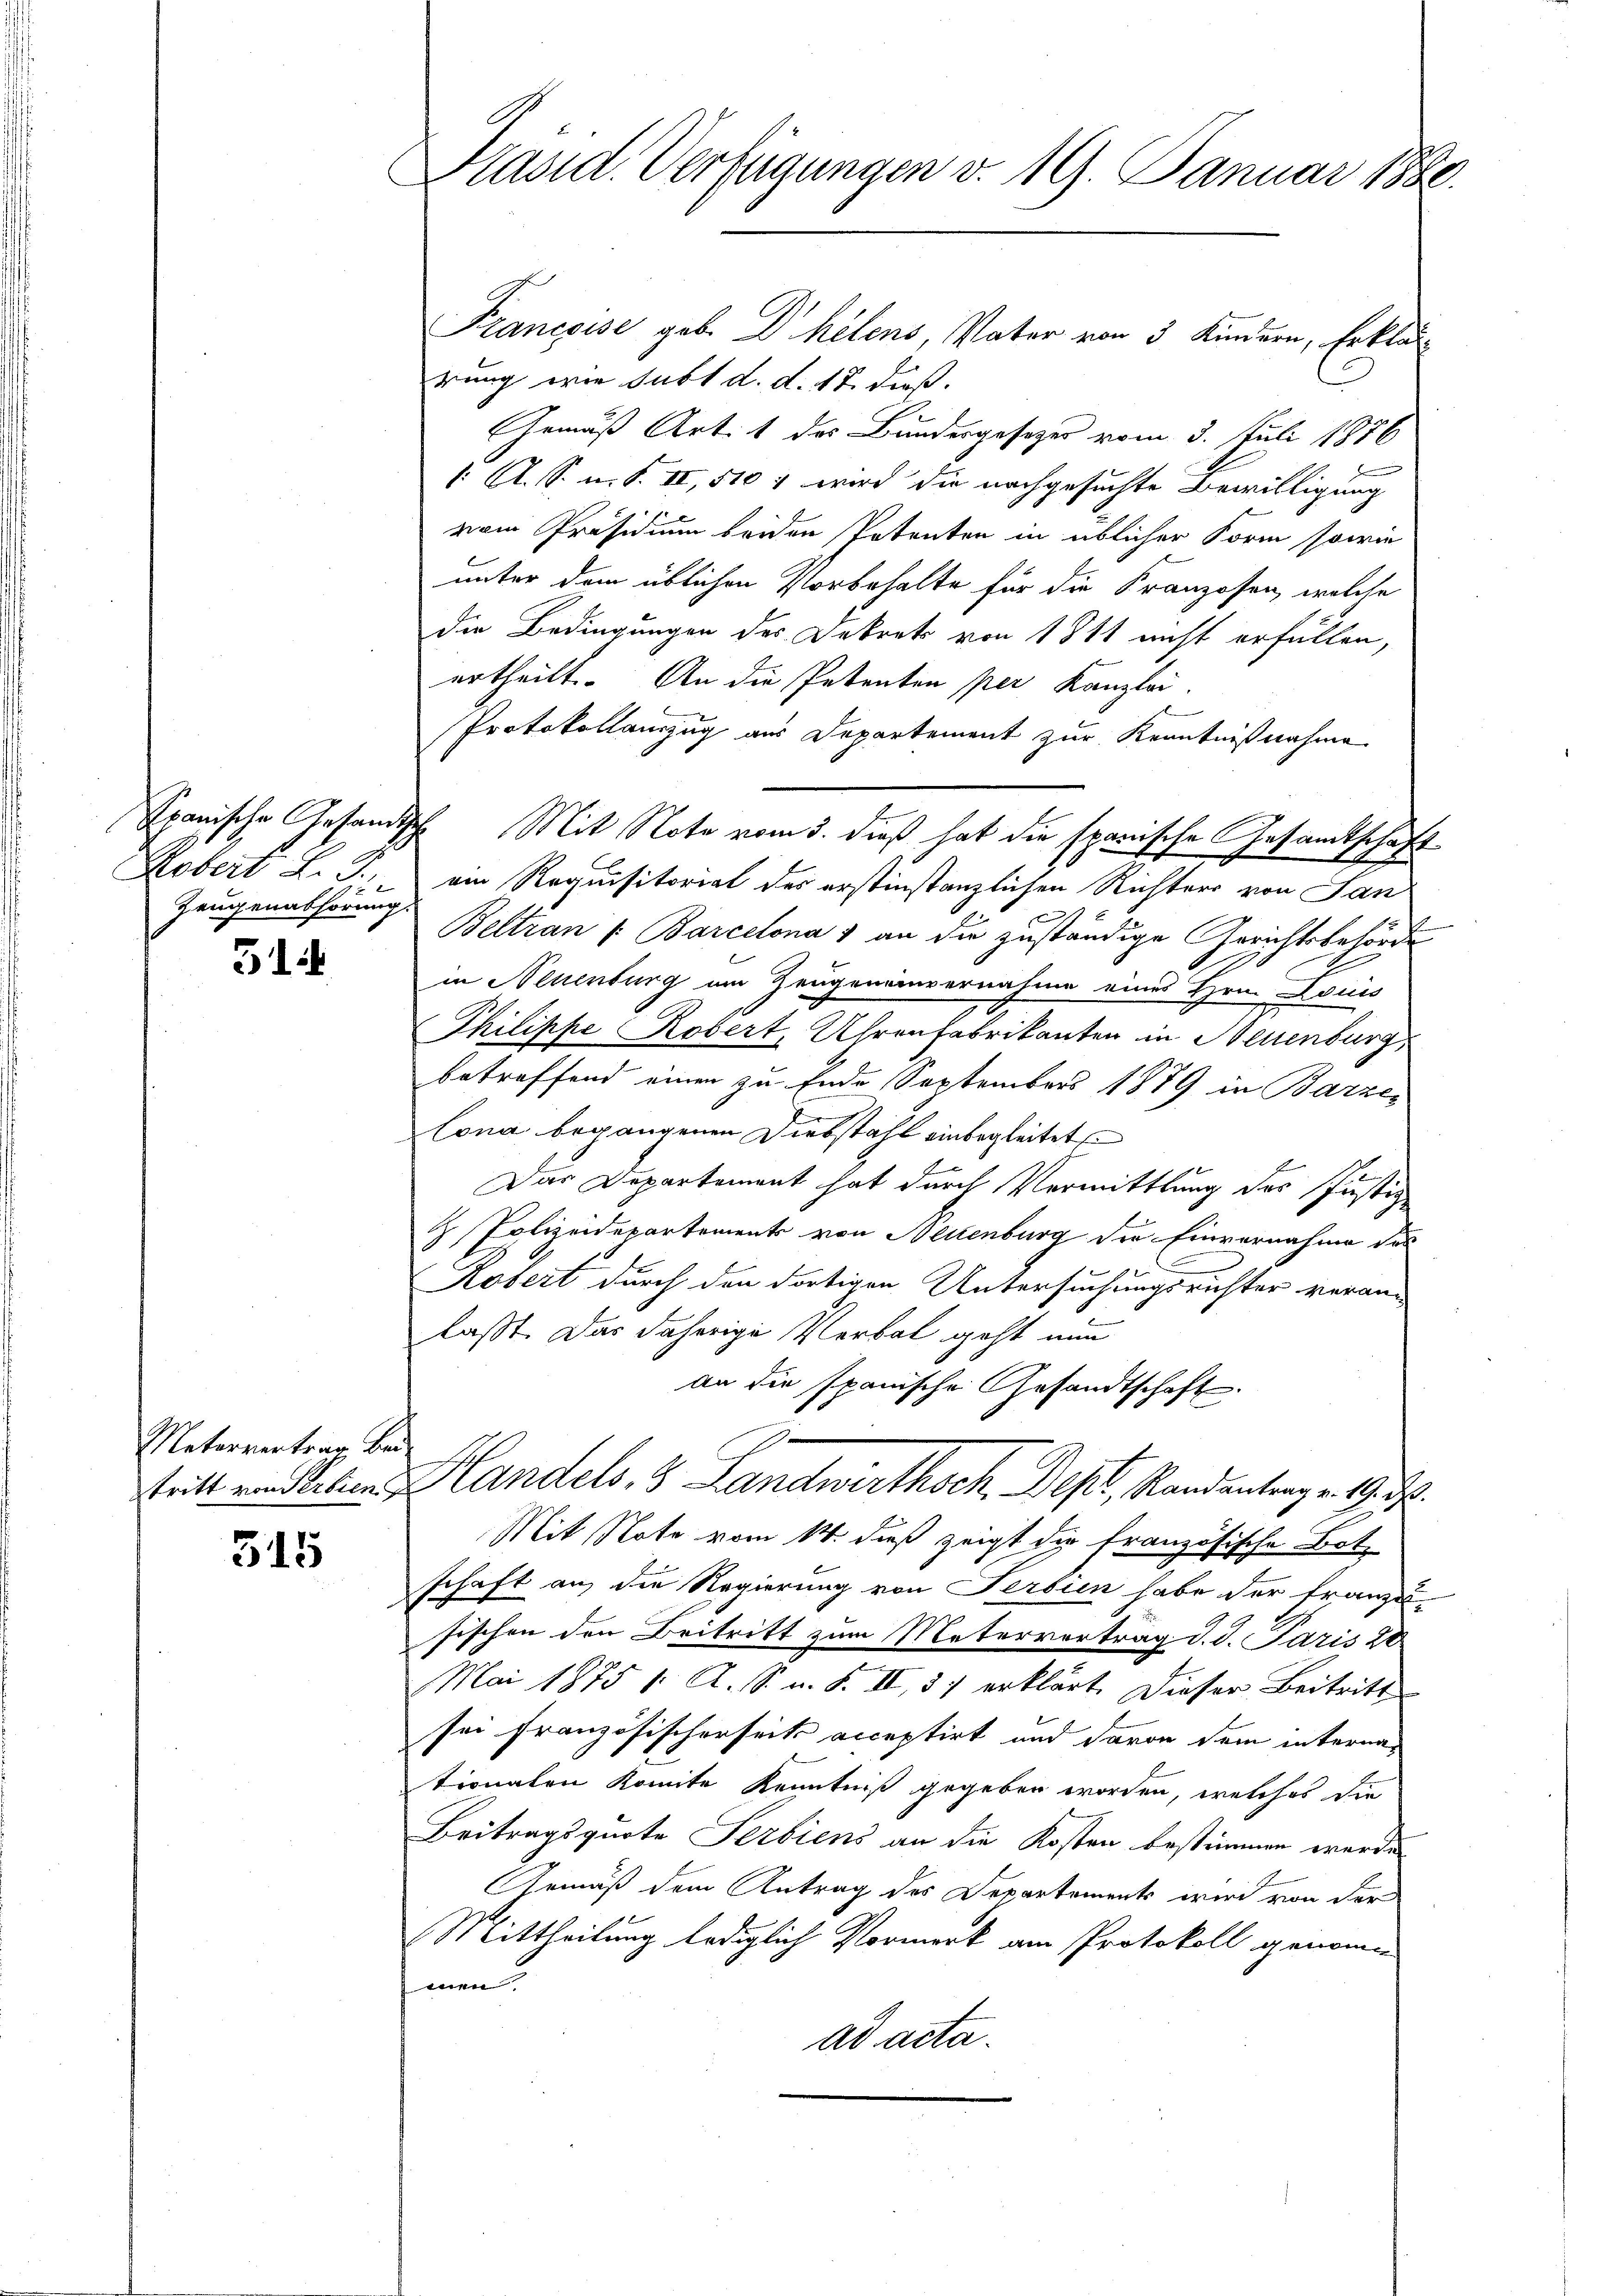
Kobert L. J.,
Zeugenabhörung.

31

Untervertrag bei

315

Präsid. Verfügungen v. 19. Januar 1880.

Francoise geb. Dr hélens, Vater von 3 Kindern, Erklär
rung wie subt d. d. 12. dieß.
h
Gemäß Art. 1 des Bundesgesezes vom 3. Juli 1876
J
1: A. S. n. F. II, 510 f wird die nachgesuchte Bewilligung
vom Präsidium beiden Petenten in üblicher Form sowie
unter dem üblichen Vorbehalte für die Franzosen, welche
die Bedingungen des Dekrets von 1811 nicht erfüllen,
ertheilt. An die Petenten per Kanzlei.
Protokollanzug aus Departement zur Kenntnißnahme
ein Requisitorial des erstinstanzlichen Richters von San
Beltran (: Barcelona 1 an die zuständige Gerichtsbehörde
.
in Neuenburg am Zeugeneinvernahme eines Hrn. Louis
Philippe Robert, Uhrenfabrikanten in Neuenburg
betreffend einen zu Ende September 1879 in Barzes
lona begangenen Diebstahl einbegleitet.
2
Das Departement hat durch Vermittlung des Justiz
& Polizeidepartements von Neuenburg die Einvernahme das
Kosert durch den dortigen Untersuchungsrichter veran-
laßt. Das daherige Verbal geht nun
an die spanische Gesandtschaft.
stritt und leben andels, 8 Landwirthsch. Best, Standentrag v. 19.
Mit Note vom 14. dieß zeigt die französische Bot
schaft auf die Regierung von Serbien habe der Franzu-
sischen den Beitritt zum Metervertrag d. d. Paris 20
Mai 1875 1. A. S. u. S. II, 3 erklärt. Dieser Beitritt
sei französischerseits acceptirt und davon dem internationaten komite Kenntniß gegeben worden, welches die
Beitragsquote Serbiens an die Kosten bestimmen werde
Gemäß dem Antrag des Departements wird von der
Mittheilung lediglich Vormerk am Protokoll genomme
men.
ad acta.

Spanische Gesandtsche Mit Note vom 3. dieß hat die spanische Gesamtschaft